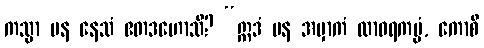
ကသ္မာ ပန နေသံ ဧတဒဟောသိ? “ဣဒံ ပန အမှာကံ ထာဝရကမ္မံ, ကောစိ